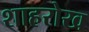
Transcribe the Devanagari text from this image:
शाहरोख